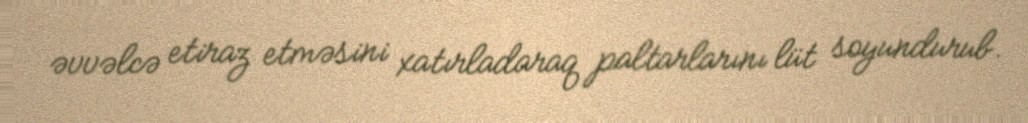
əvvəlcə etiraz etməsini xatırladaraq paltarlarını lüt soyundurub.